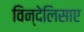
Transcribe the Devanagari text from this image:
विन्देलिसाए